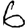
Digit: 6